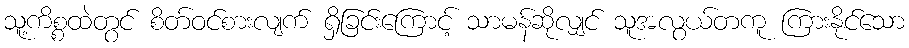
သူ့ကိစ္စထဲတွင် စိတ်ဝင်စားလျက် ရှိခြင်းကြောင့် သာမန်ဆိုလျှင် သူအလွယ်တကူ ကြားနိုင်သော